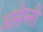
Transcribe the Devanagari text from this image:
असेम्ली